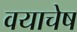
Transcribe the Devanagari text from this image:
वयाचेष